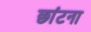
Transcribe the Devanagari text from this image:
छांटना